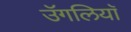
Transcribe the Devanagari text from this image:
उॅगलियाॅ